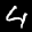
Label: 4